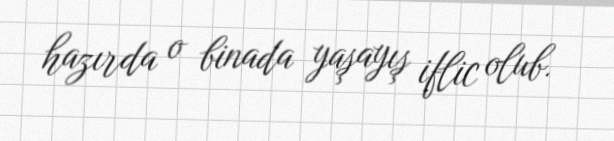
hazırda o binada yaşayış iflic olub.